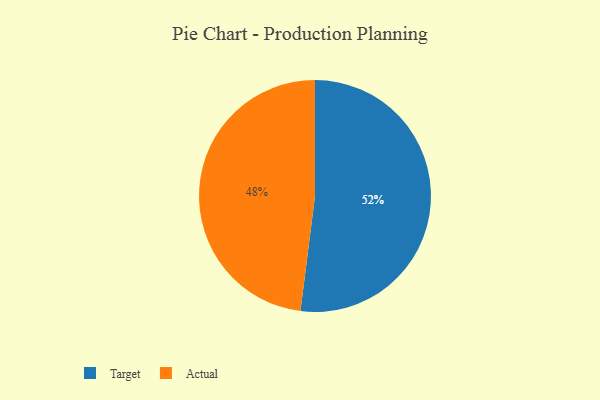
{"axis": {"x": "Category", "y": "Percentage"}, "legend": ["Actual", "Target"], "data": [{"x": "Actual", "y": 48, "type": "Actual"}, {"x": "Target", "y": 52, "type": "Target"}]}